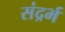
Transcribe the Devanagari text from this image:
संद्रर्भ